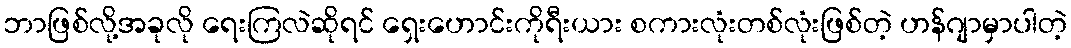
ဘာဖြစ်လို့အခုလို ရေးကြလဲဆိုရင် ရှေးဟောင်းကိုရီးယား စကားလုံးတစ်လုံးဖြစ်တဲ့ ဟန်ဂျာမှာပါတဲ့